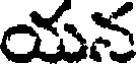
యన